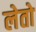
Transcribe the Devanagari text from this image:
लेतो